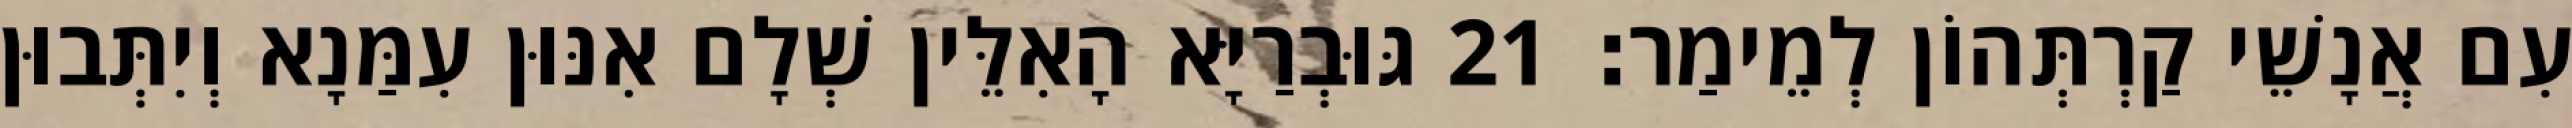
עִם אֲנָשֵׁי קַרְתְּהוֹן לְמֵימַר׃ 21 גּוּבְרַיָּא הָאִלֵּין שְׁלָם אִנּוּן עִמַּנָא וְיִתְּבוּן